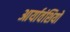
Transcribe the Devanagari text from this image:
आर्यावंशियों